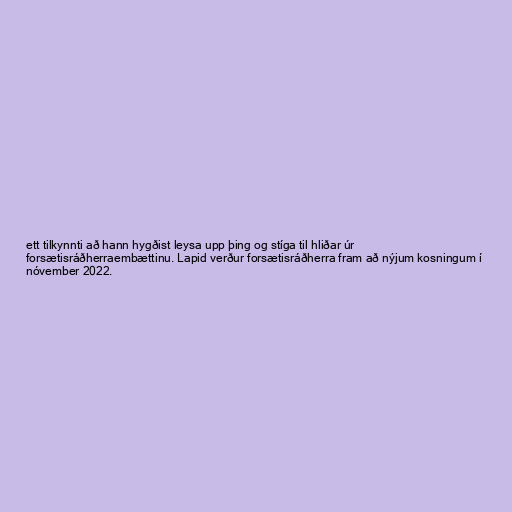
ett tilkynnti að hann hygðist leysa upp þing og stíga til hliðar úr
forsætisráðherraembættinu. Lapid verður forsætisráðherra fram að nýjum kosningum í
nóvember 2022.